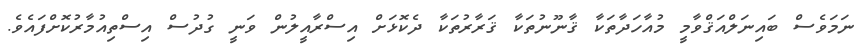
ނަމަވެސް ބައިނަލްއަޤްވާމީ މުއާހަދާތަކާ ޤާނޫނުތަކާ ޤަރާރުތަކާ ދެކޮޅަށް އިސްރާއީލުން ވަނީ ގުދުސް އިސްތިއުމާރުކޮށްފައެވެ.